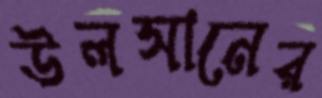
উলসানের